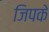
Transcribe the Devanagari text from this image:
जिपके